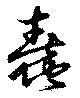
蠢